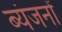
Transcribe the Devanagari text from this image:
ब्यंजनों